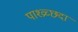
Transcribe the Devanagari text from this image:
पाश्व्रच्छदा